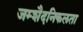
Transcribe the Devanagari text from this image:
जम्‍शैदनिकलता